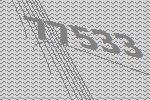
77533